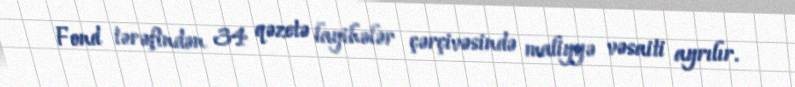
Fond tərəfindən 34 qəzetə layihələr çərçivəsində maliyyə vəsaiti ayrılır.